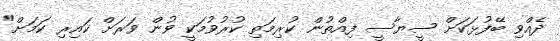
ދެއްވި ބޭފުޅަކަށް ސީޔާސީ ފިއްތުން ކުރިމަތި ކުރުވުމަކީ ވުން ވަރަށް ކައިރި ކަމަށް"